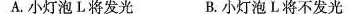
A.小灯泡L将发光 B.小灯泡L将不发光